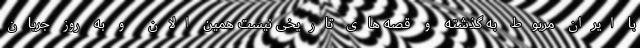
با ایران مربوط به گذشته و قصه های تاریخی نیست همین الان و به روز جریان